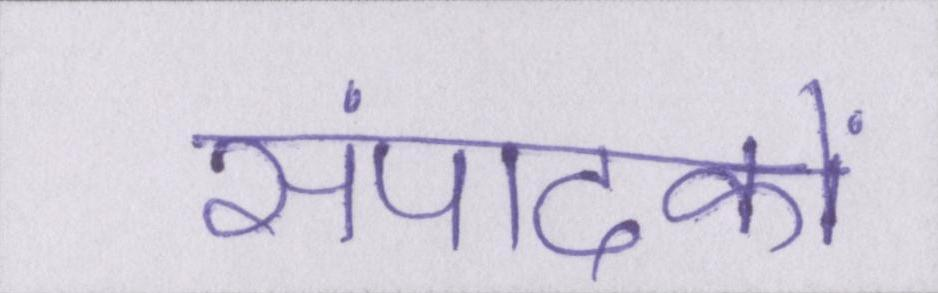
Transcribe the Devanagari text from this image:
संपादकों